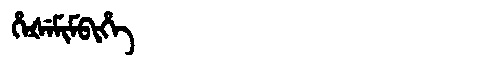
Manchu: ᡥᡝᡧᡝᠮᡳᠮᠪᡳᡥᡝ
Romanization: HEŠEMIMBIHE